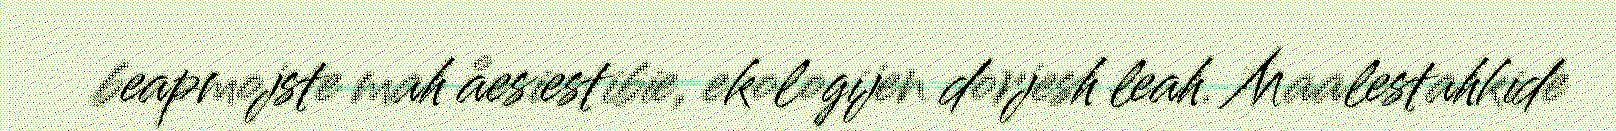
beapmojste mah åesiestibie, ekologijen dorjesh leah. Maalestahkide